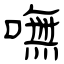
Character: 嘸